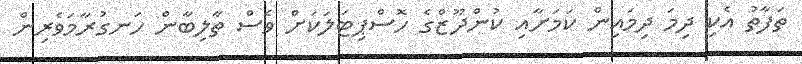
ތަފާތު އެކި ދިމަ ދިމައިން ކަމަށާއި ކުންދޫޒްގެ ހޮސްޕިޓަލަކަށް ވެސް ތާލިބާން ހަނގުރާމަވެރިން